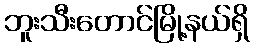
ဘူးသီးတောင်မြို့နယ်ရှိ